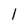
Character: l